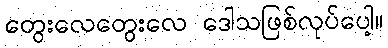
တွေးလေတွေးလေ ဒေါသဖြစ်လုပ်ပေါ့။